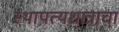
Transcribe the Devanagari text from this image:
स्थापत्यशात्राचा